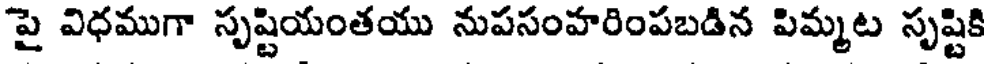
పై విధముగా సృష్టియంతయు నుపసంహరింపబడిన పిమ్మట సృష్టికి